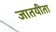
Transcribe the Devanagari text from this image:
जातयीता